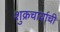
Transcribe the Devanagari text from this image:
शुक्रचार्याची